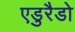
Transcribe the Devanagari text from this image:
एडुरैडो